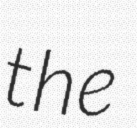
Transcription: the